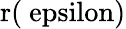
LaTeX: \mathrm{{r}(\ epsilon)}